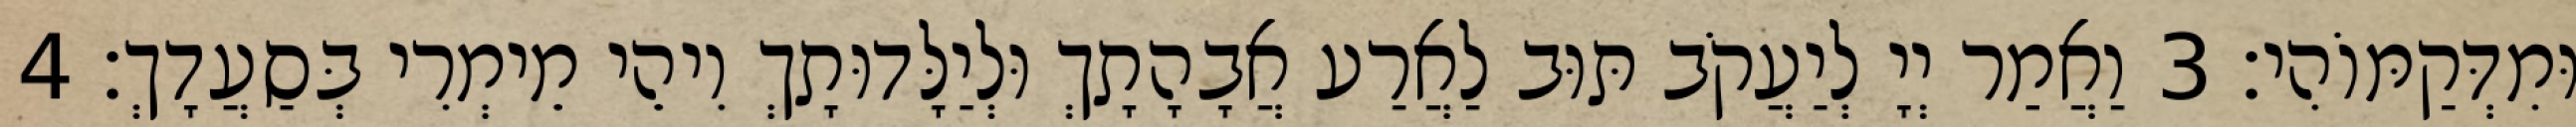
וּמִדְּקַמּוֹהִי׃ 3 וַאֲמַר יְיָ לְיַעֲקֹב תּוּב לַאֲרַע אֲבָהָתָךְ וּלְיַלָּדוּתָךְ וִיהֵי מֵימְרִי בְּסַעֲדָךְ׃ 4